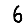
Digit: 6